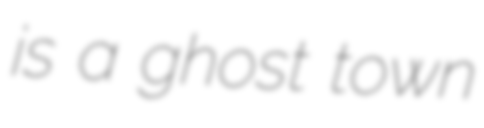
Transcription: is a ghost town